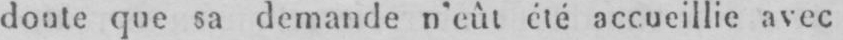
doute que sa demande n’eût été accueillie avec